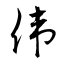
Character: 偉